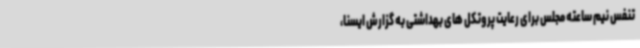
تنفس نیم ساعته مجلس برای رعایت پروتکل های بهداشتی به گزارش ایسنا،